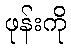
ဖုန်းကို